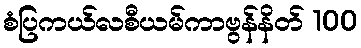
စံပြကယ်လစီယမ်ကာဗွန်နိတ် 100